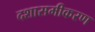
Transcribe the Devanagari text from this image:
दशासमीकरण